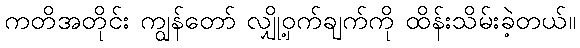
ကတိအတိုင်း ကျွန်တော် လျှို့ဝှက်ချက်ကို ထိန်းသိမ်းခဲ့တယ်။